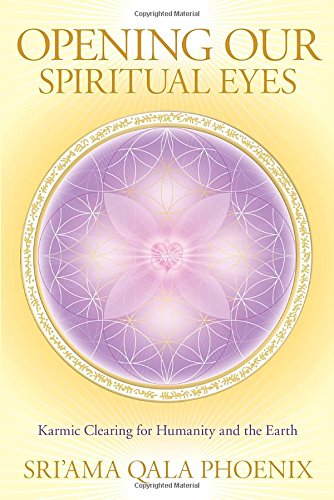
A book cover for Opening Our Spiritual Eyes: Karmic Clearing for Humanity and the Earth; SRI'AMA QALA Phoenix; Religion & Spirituality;